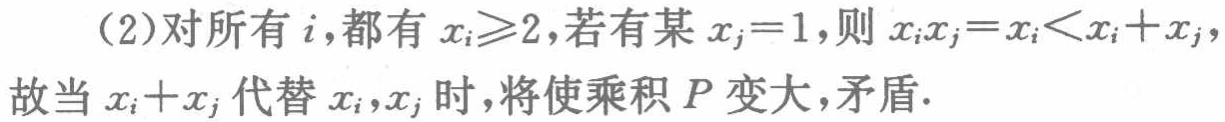
(2)对所有 \(i\)，都有 \(x_{i}\geqslant2\)，若有某 \(x_{j}=1\)，则 \(x_{i}x_{j}=x_{i}<x_{i}+x_{j}\)，故当 \(x_{i}+x_{j}\) 代替 \(x_{i},x_{j}\) 时，将使乘积 \(P\) 变大，矛盾.